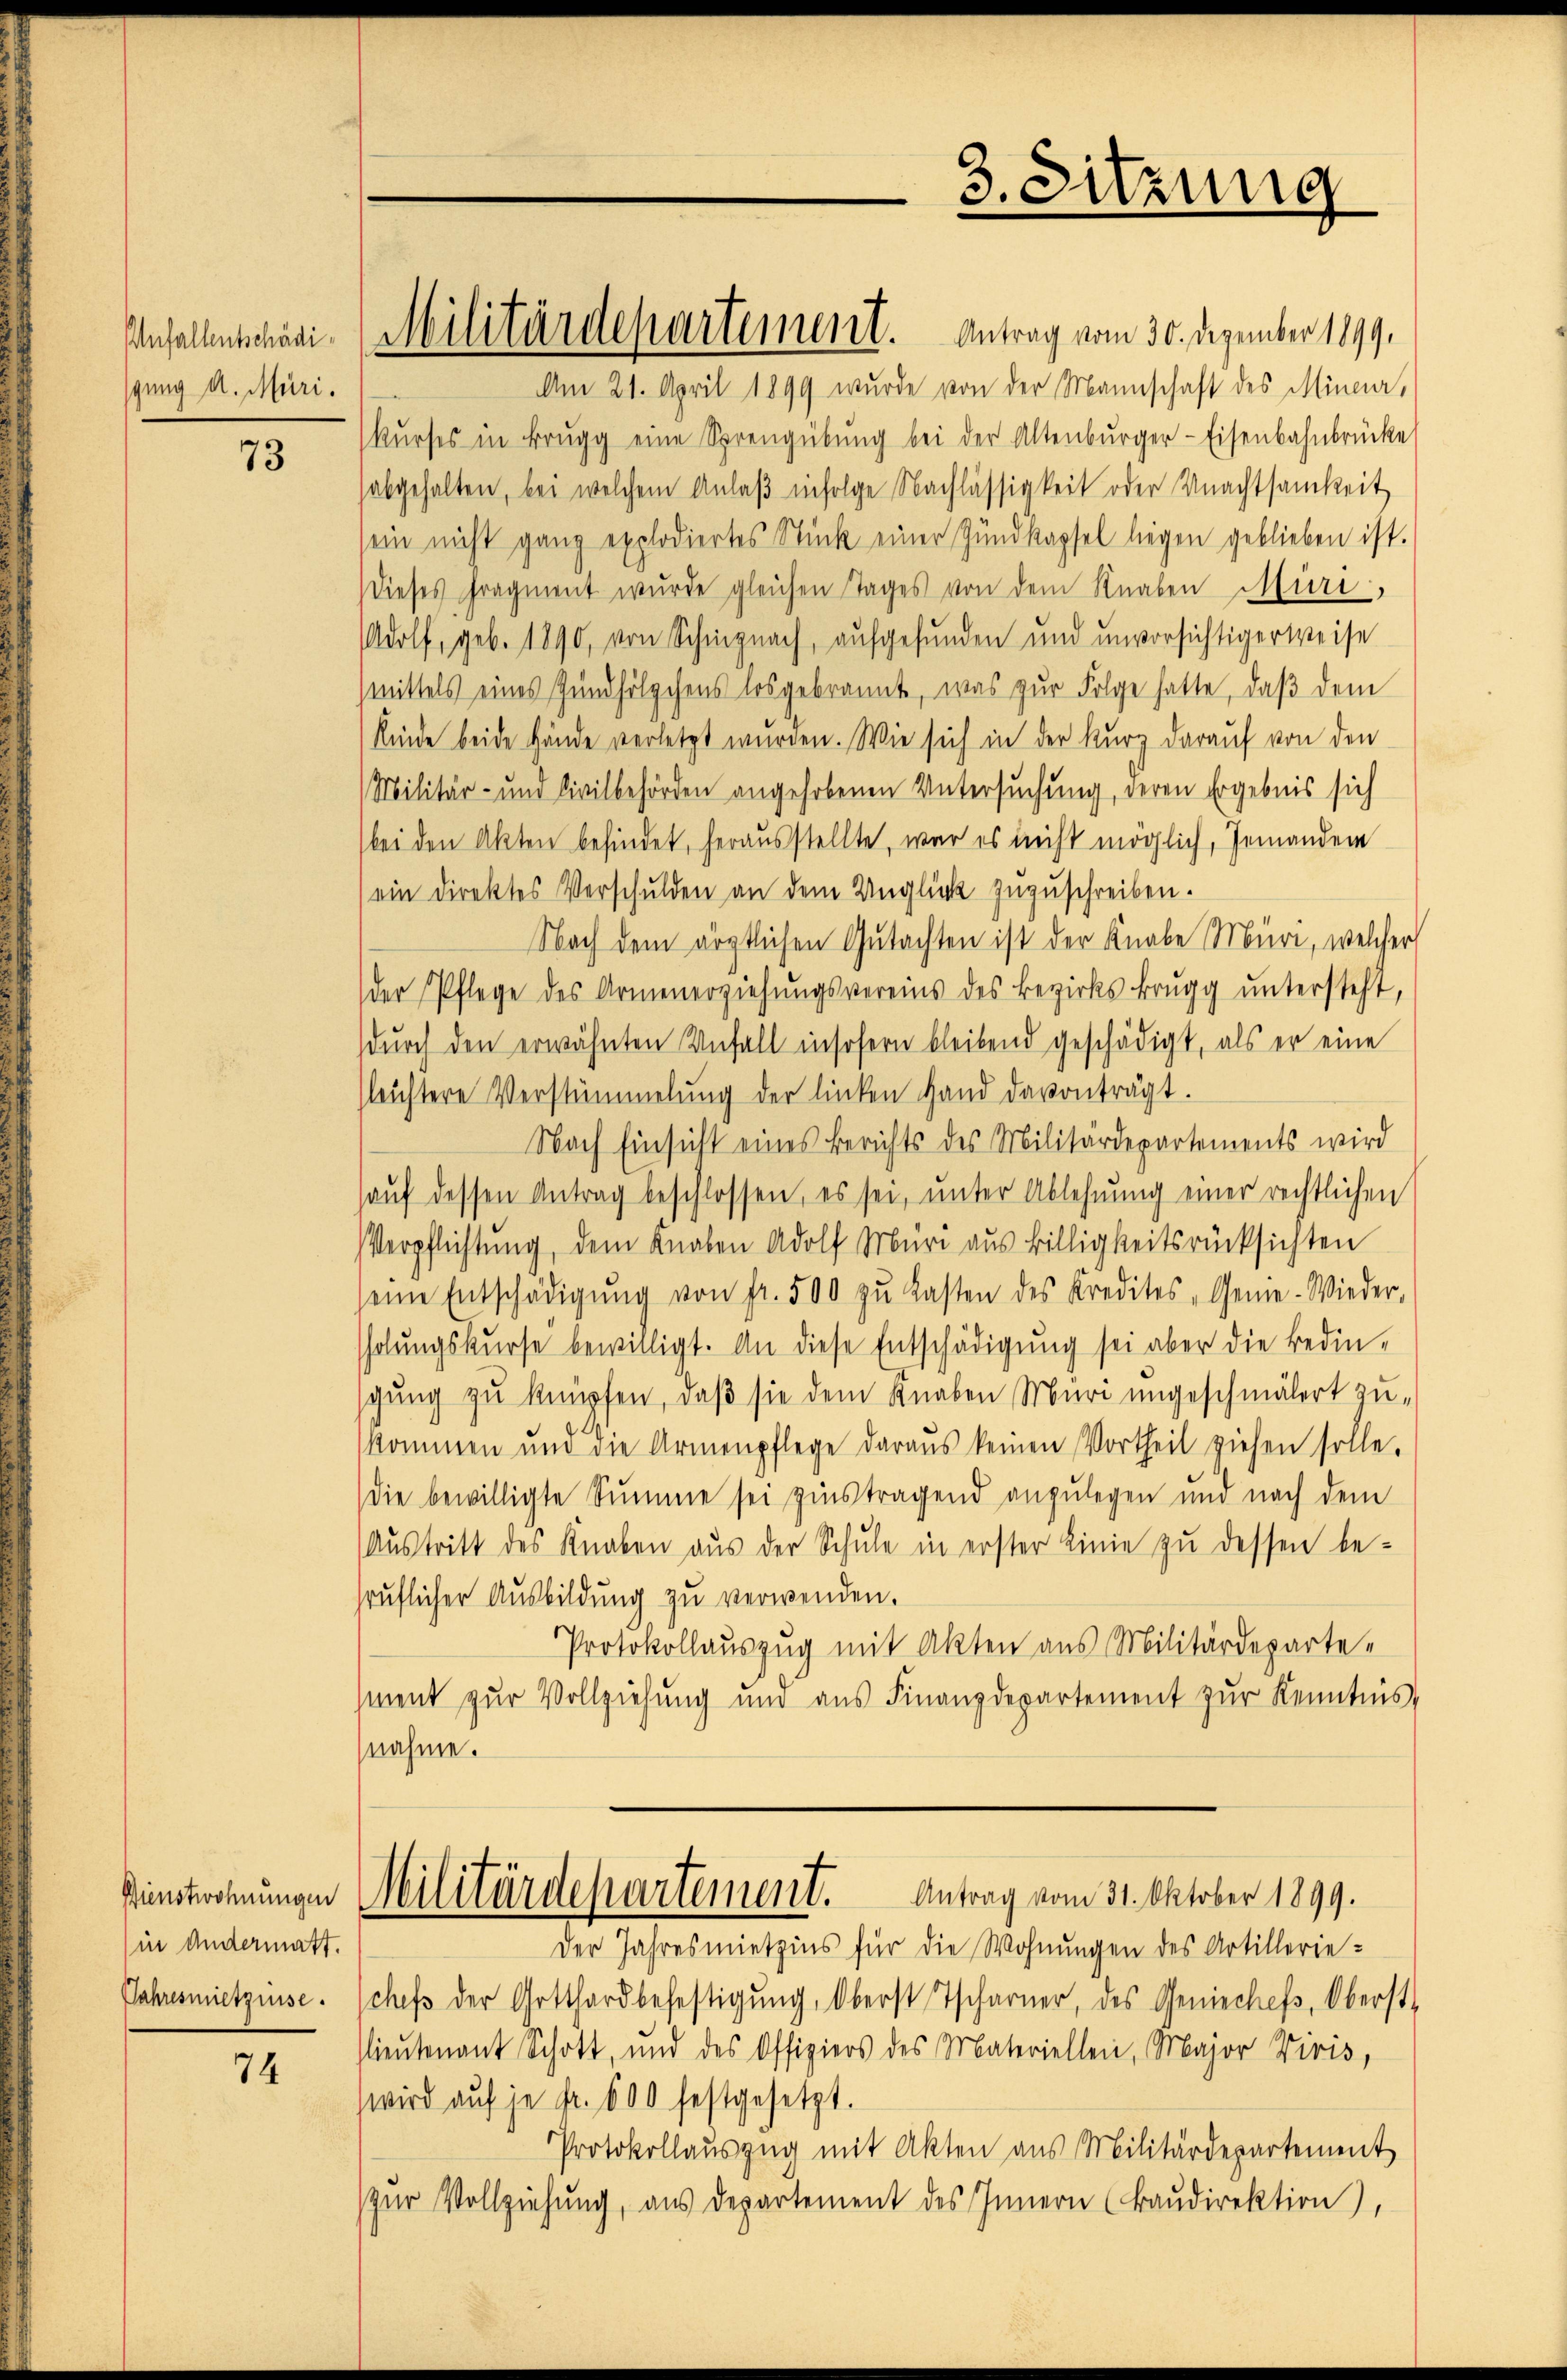
Anfallentschädigung d. Muri.

73

in andermatt.

74

Am 21. April 1899 wurde von der Mannschaft des Mineur,
kŭrses in Brugg eine Sprengübŭng bei der Altenbŭrger-Eisenbahnbrücke
abgehalten, bei welchem Anlaß infolge Nachlässigkeit oder Unachtsamkeit
sein nicht ganz explodiertes Stück einer Zŭndkapsel liegen geblieben ist.
dieses Fragment wurde gleichen Tages von dem Knaben Muri,
dolf, geb. 1890, von Schinznach, aufgefunden und unvorsichtigerweise
mittels eines Gundhölzchens losgebrannt, was zur Folge hatte, daß dem
Kinde beide Hände verletzt wurden. Wie sich in der Kurz darauf von den
Militär- und Civilbehörden angehobenen Untersuchung, deren Ergebnis sich
bei den Akten befindet, herausstellte, war es nicht möglich, Jemanden
ein Direktes Verschulden an dem Unglück zuzuschreiben.
Nach dem ärztlichen Gutachten ist der Knabe Muri, welcher
der Pflege des Armenerziehŭngsvereins des Bezirks Brugg ŭntersteht,
dŭrch den erwähnten Unfall insofern bleibend geschädigt, als er eine
leichtere Verstümmelung der linken Hand davonträgt.
Nach Einsicht eines Berichts des Militärdepartements wird
aŭf dessen Antrag beschlossen, es sei, ŭnter Ablehnŭng einer rechtlichen
Verpflichtung, dem Knaben Adolf Müri aus Billigkeitsrücksichten
seine Entschädigŭng von fr. 500 zŭ Kasten des Kredites Gene-Wieder-
holŭngskŭrse bewilligt. An diese Entschädigŭng sei aber die Bedin-
gŭng zu knüpfen, daβ sie dem Knaben Muri ungeschmälert zu-
kommen und die Armenpflege daraus keinen Vortheil ziehen solle.
die bewilligte Summe sei zinstragend anzulegen und nach dem
Austritt des Knaben aus der Schule in erster Linie zu dessen be-
pruflicher Ausbildung zu verwenden.
Protokollauszug mit Akten aus Militärdepartement zur Vollziehung und aus Finanzdepartement zŭr Kenntnis,
nahme.

Militärdepartement. Antrag vom 30. Dezember 1899.

3. Sitzung

Antrag vom 31. Oktober 1899.
Dinstwohnungen Militärdepartement.

Der Jahresmietzins für die Wohnungen des Artillerie-
Jahresmietzinse. Schefs der Gotthard befestigŭng, Oberst Tscharner, des Geniechefs, Oberst
lieutenant Schott, und des Offiziers des Materiellen, Major Divis,
wird auf je Fr. 600 festgesetzt.
Protokollauszug mit Akten aus Militärdepartement
zŭr Vollziehŭng aŭs departement des Innern (Baŭdirektion),